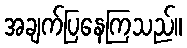
အချက်ပြနေကြသည်။